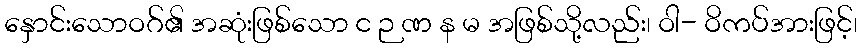
နှောင်းသောဝဂ်၏ အဆုံးဖြစ်သော င ဉ ဏ န မ အဖြစ်သို့လည်း၊ ဝါ- ဝိကပ်အားဖြင့်၊